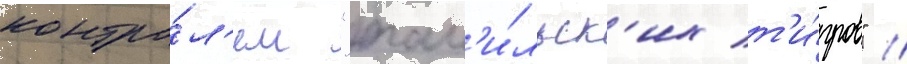
контро́л'ем "там'и́льск'их т'и́гров" //